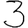
Digit: 3